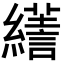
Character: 𦆶